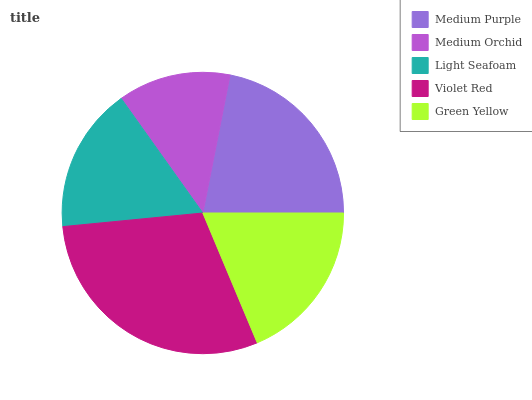
| Medium Purple | Medium Orchid | Light Seafoam | Violet Red | Green Yellow |
 | --- | --- | --- | --- | --- |
 | 22% | 13% | 16.7% | 29.8% | 18.6% |